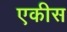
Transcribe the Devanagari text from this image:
एकीस